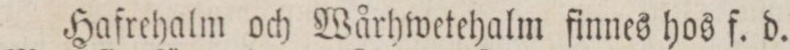
Hafrehalm och Wårhwetehalm finnes hos f. d.